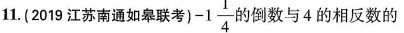
11.(2019江苏南通如皋联考) -1 \frac{1}{4} 的倒数与4的相反数的